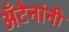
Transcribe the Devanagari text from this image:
अँटेनांनी